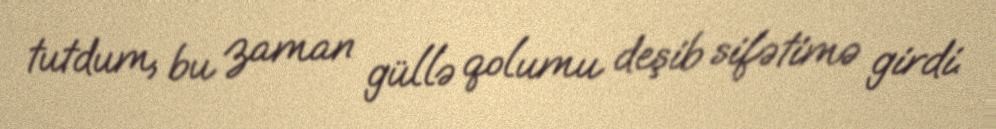
tutdum, bu zaman güllə qolumu deşib sifətimə girdi.